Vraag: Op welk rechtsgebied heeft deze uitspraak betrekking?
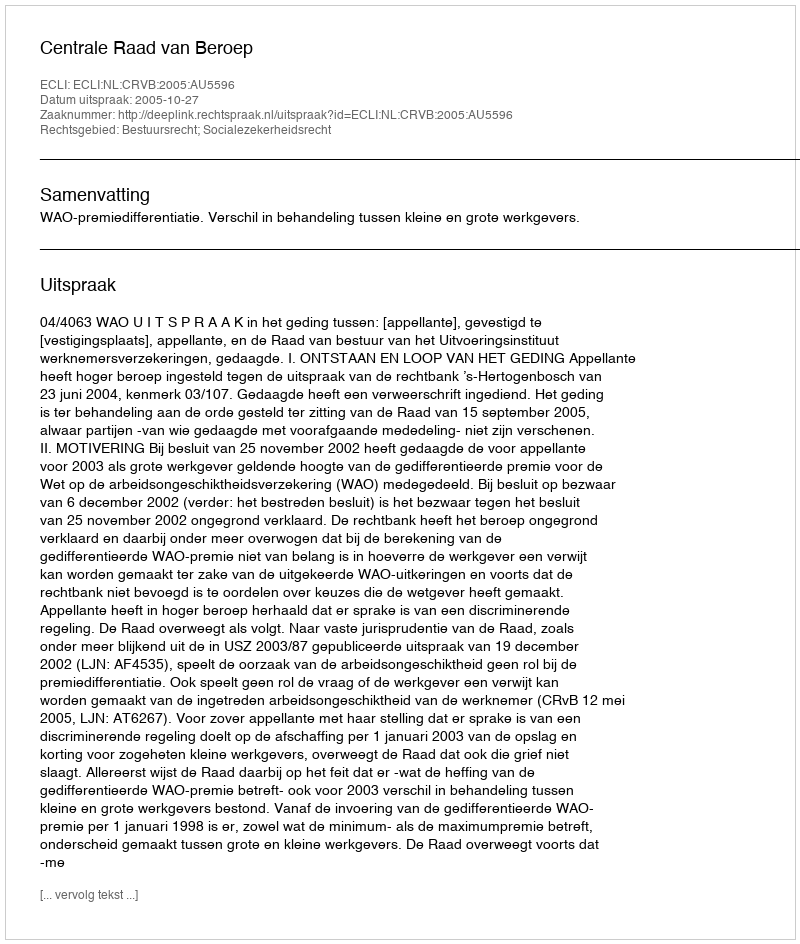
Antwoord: Bestuursrecht; Socialezekerheidsrecht